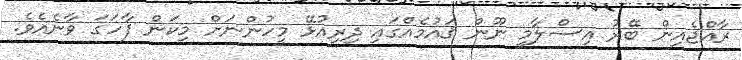
ރާއްޖެއިން ބޭރު އިސްލާމީ ނޫން ޤައުމެއްގައި ދިރިއުޅޭ މީހުންނަށް މިކަން ފާހަގަ ވާނެއެވެ.